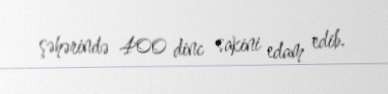
şəhərində 400 dinc sakini edam edib.